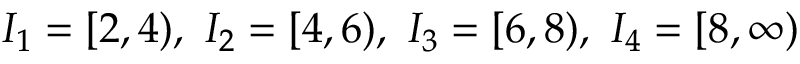
I _ { 1 } = [ 2 \AA , 4 \AA ) , ~ I _ { 2 } = [ 4 \AA , 6 \AA ) , ~ I _ { 3 } = [ 6 \AA , 8 \AA ) , ~ I _ { 4 } = [ 8 \AA , \infty )